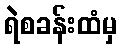
ရဲစခန်းထံမှ